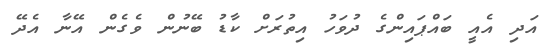
އަދި އެއީ ބައްޕައިންގެ ދުވަހު އިތުރަށް ކާޑު ބޭނުން ވެގެން އޭނާ އެދޭ